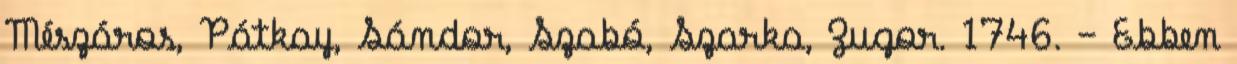
Mészáros, Pátkay, Sándor, Szabó, Szarka, Zugor. 1746. – Ebben